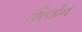
શિલોન